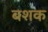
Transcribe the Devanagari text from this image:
बशक